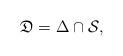
LaTeX: \begin{align*}\mathfrak{D}=\Delta\cap {\mathcal{S}},\end{align*}